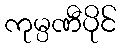
ကုမ္ပဏီပိုင်